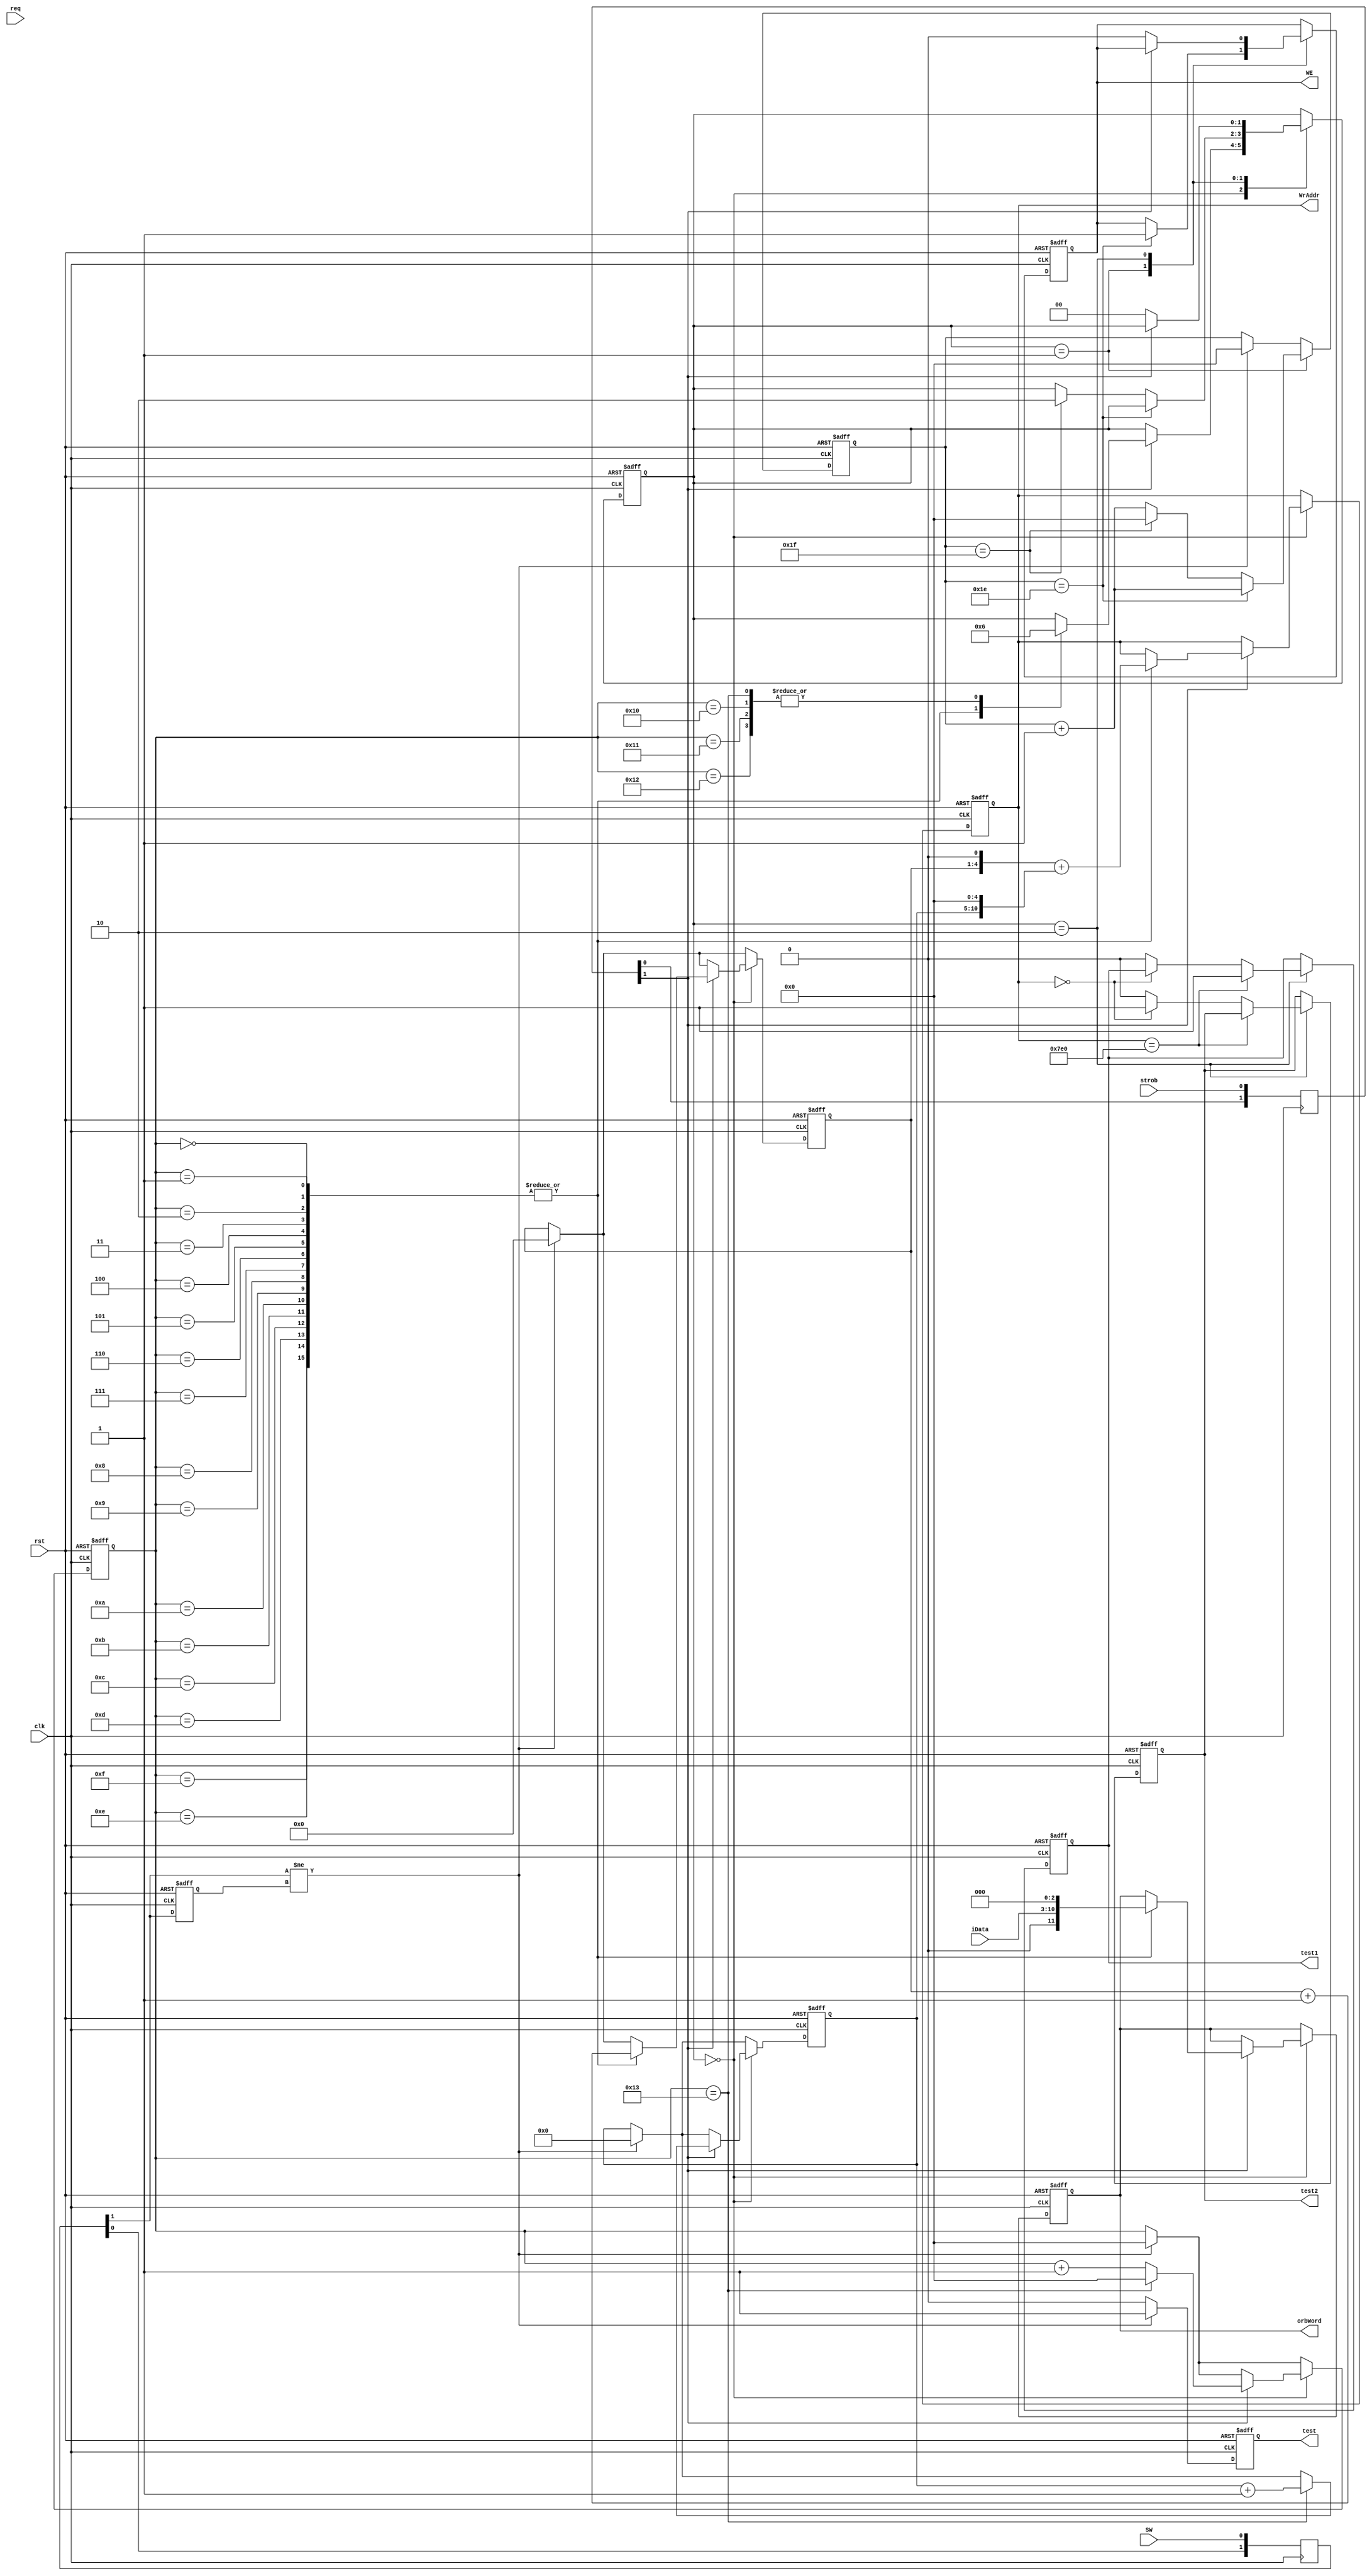
module OrbPackerPar(
input clk,
input rst,
input [7:0] iData,
input strob,
input req,
input SW,
output reg test,
output reg [11:0] orbWord,
output  reg WE,
output  reg [10:0] WrAddr,
output reg test1,
output reg test2
);

reg [1:0] syncStr;
reg [1:0] syncSW;
reg [4:0] cntWrd;
reg [5:0] cntPack;
reg [1:0] state;
reg [3:0] cntAddr;
reg oldSW;
reg [4:0] cntWE;

localparam IDLE = 2'd0, WESET = 2'd1, WAIT = 2'd2;

always@(posedge clk)
begin
syncStr <= {syncStr[0], strob};
syncSW <= {syncSW[0], SW};
end

always@(posedge clk or negedge rst)
begin
	if(~rst) begin
		orbWord <= 12'd0;
		WE <= 1'd0;
		WrAddr <= 11'd0;
		cntWrd <= 5'd0;
		cntPack <= 6'd0;
		state <= 2'd0;
		cntAddr <= 4'd0;
		oldSW <= 1'b0;
		test <= 1'b0;
		cntWE <= 5'd0;
		test1 <= 1'b0;
		test2 <= 1'b0;
	end
	else begin
		if(syncSW[1] != oldSW) begin
			cntAddr <= 4'd0;
			cntPack <= 6'd0;
			cntWrd <= 5'd0;
			test <= 1'b1;
			cntWE <= 5'd0;
		end
		else test <= 1'b0;
		oldSW <= syncSW[1];
		
		case(state)
			IDLE: begin
				if(syncStr[1]) begin
					cntWrd <= cntWrd + 1'b1;
					case(cntWrd)
						0,1,2,3,4,5,6,7,8,9,10,11,12,13,14,15: begin
							orbWord <= {1'b0, iData, 3'd0};
							WrAddr <= (cntAddr << 1) + (cntPack << 5);
							cntAddr <= cntAddr + 1'b1;
							state <= WESET;
						end
						16, 17, 18: state <= WAIT;
						19: begin
							cntPack <= cntPack + 1'b1;
							cntWrd <= 5'd0;		
							state <= WAIT;				
						end
					endcase					
				end
			end
			WESET: begin
				cntWE <= cntWE + 1'b1;
				if(cntWE == 5'd30)
					WE <= 1'b1;
				else if(cntWE == 5'd31) begin
					cntWE <= 5'd0;
					state <= WAIT;
				end
			end
			WAIT: begin
				if(WrAddr == 11'd2016)
					test1 <= 1'b1;
				else if(WrAddr == 11'd0)
					test2 <= 1'b1;
				else begin
					test1 <= 1'b0;
					test2 <= 1'b0;
				end
				if(~syncStr[1]) begin
					WE <= 1'b0;
					state <= IDLE;
				end
			end
		endcase
	end
end

endmodule